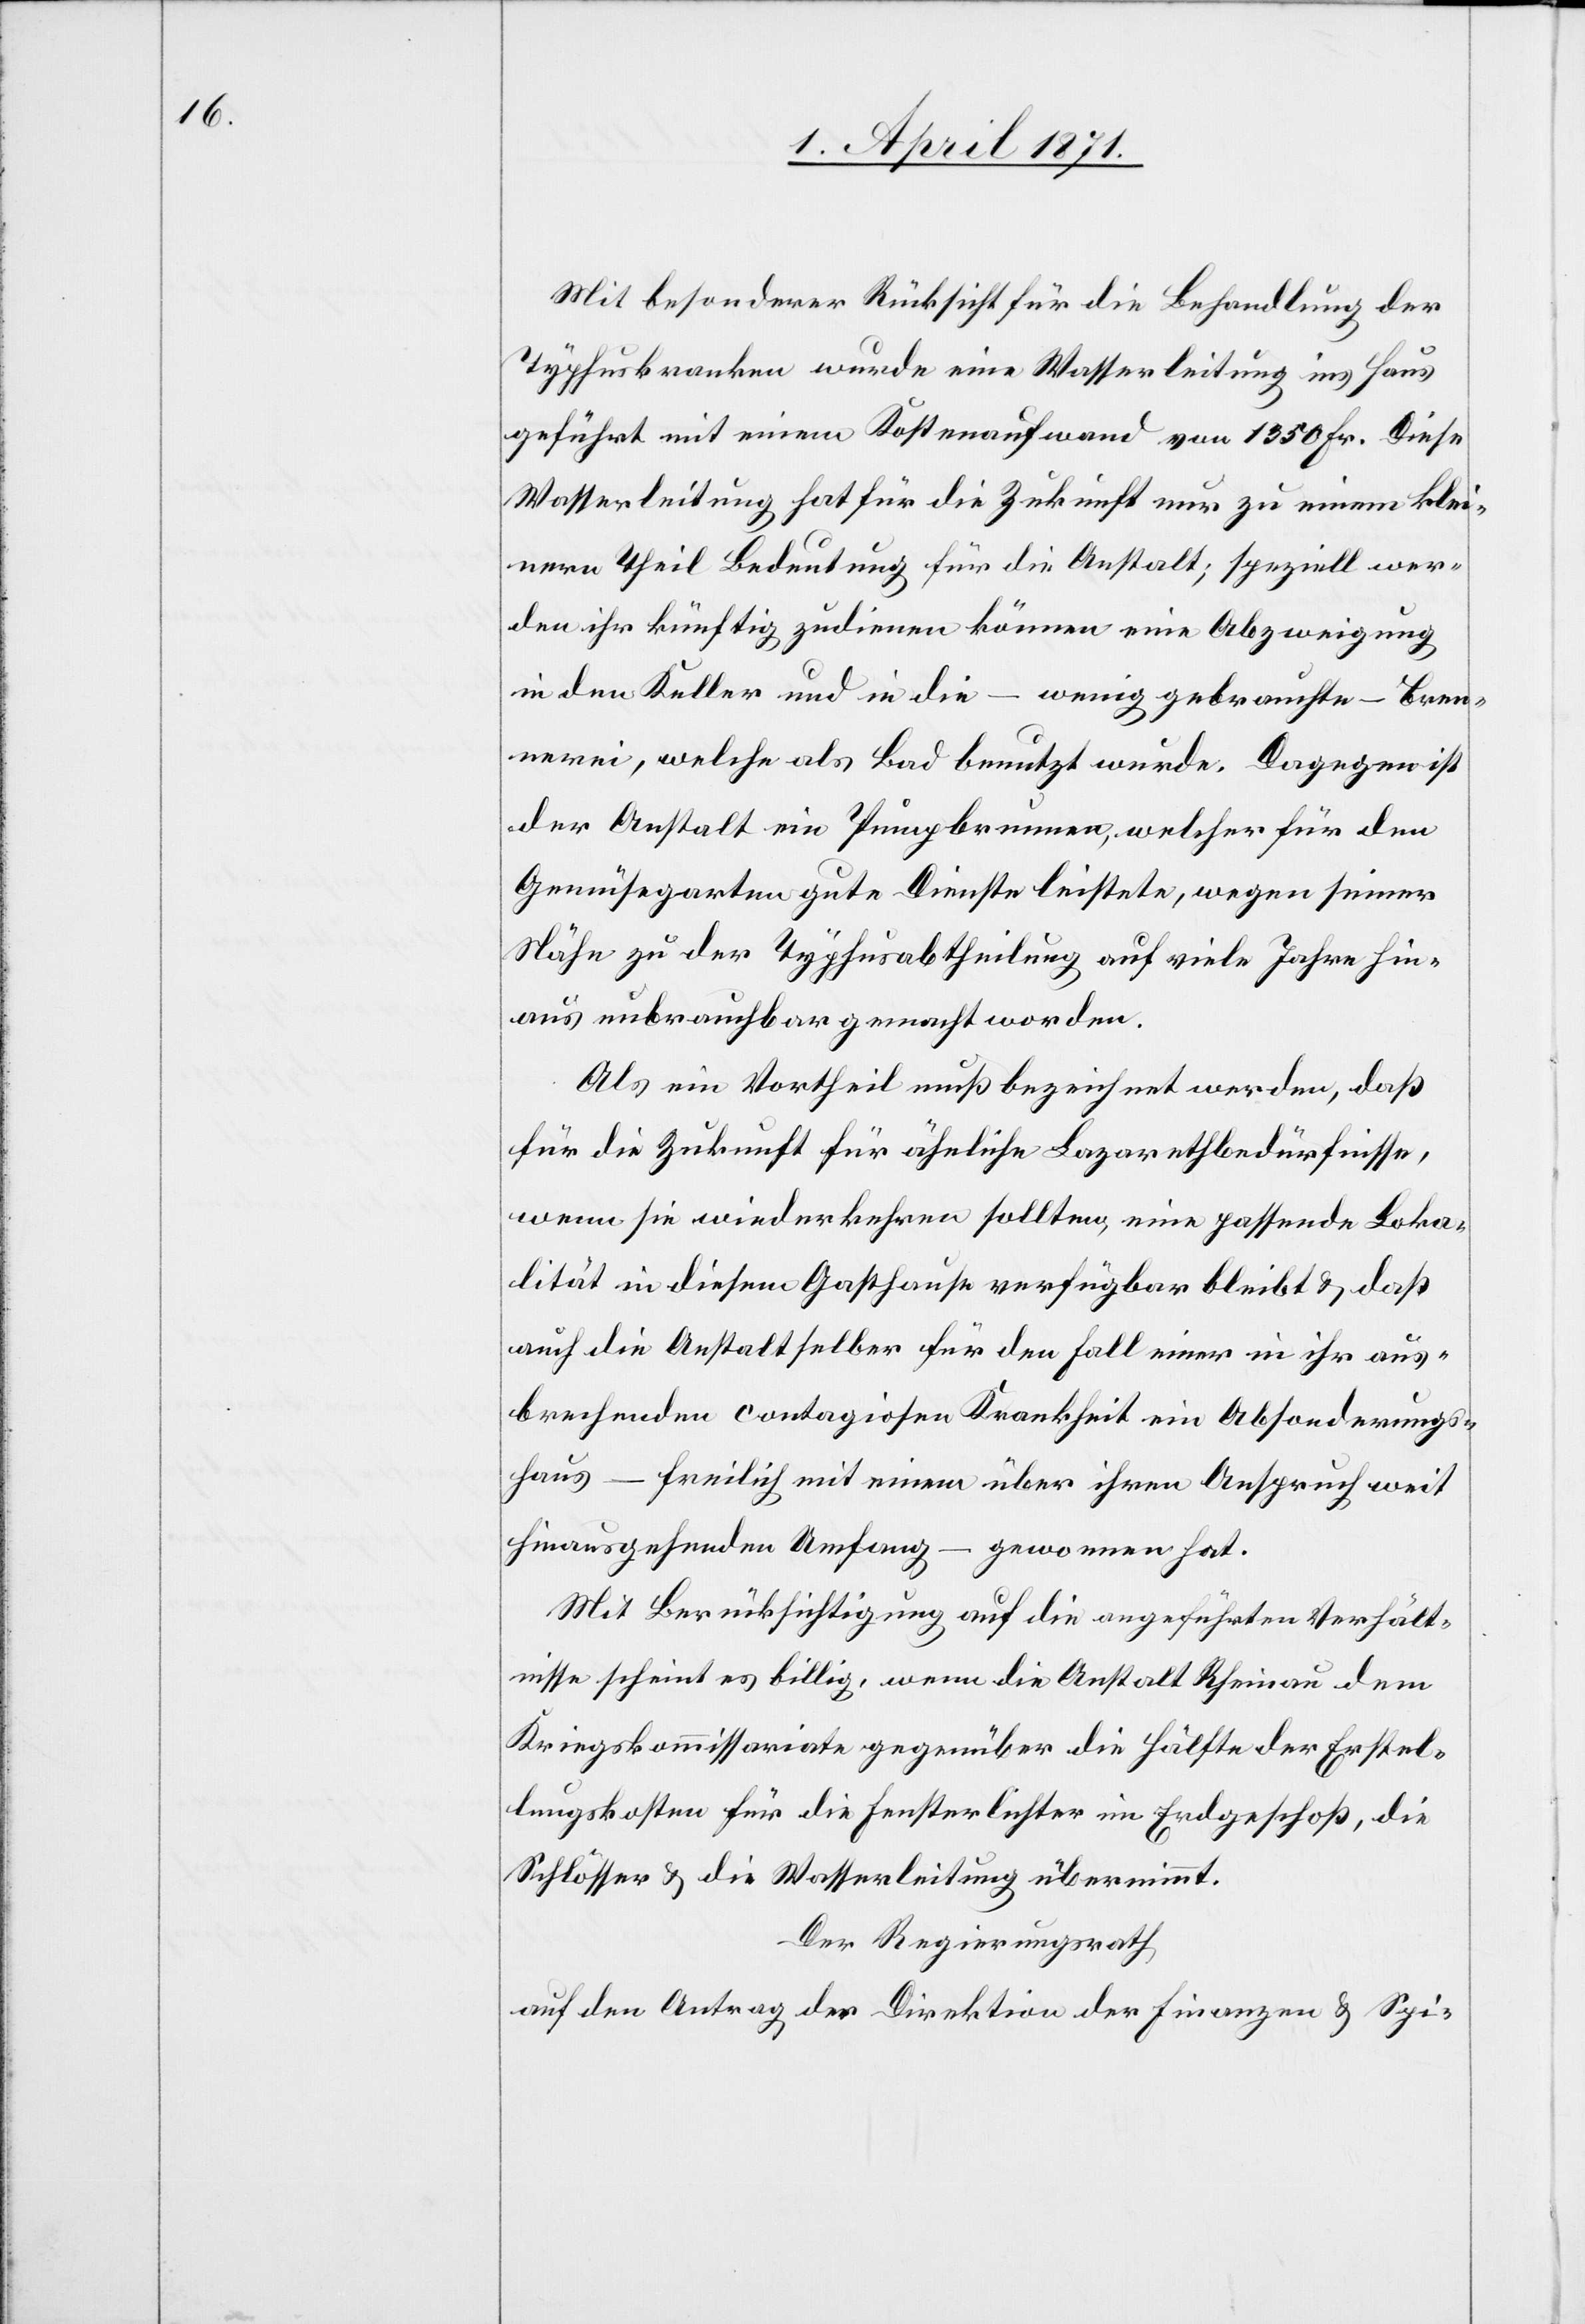
Mit besonderer Rücksicht für die Behandlung der
Wasserleitung hat für die Zukunft nur zu einem klei¬
nen Theil Bedeutung für die Anstalt; speziell wer¬
den ihr künftig zudienen können eine Abzweigung
in den Keller und in die – wenig gebrauchte – Bren¬
nerei, welche als Bad benutzt wurde. Dagegen ist
der Anstalt ein Pumpbrunnen, welcher für den
Gemüsegarten gute Dienste leistet, wegen seiner
Nähe zu der Thyphusabtheilung auf viele Jahre hin¬
aus unbrauchbar gemacht worden.
Als ein Vortheil muß bezeichnet werden, daß
für die Zukunft für ähnliche Lazarethbedürfnisse,
wenn sie wiederkehren sollten, eine passende Loka¬
lität in diesem Gasthause verfügbar bleibt u. daß
auch die Anstalt selber für den Fall einer in ihr aus¬
brechenden contagiosen Krankheit ein Absonderungs¬
haus – freilich mit einem über ihren Anspruch weit
hinausgehenden Umfang – gewonnen hat.
Mit Berücksichtigung auf die angeführten Verhält¬
nisse scheint es billig, wenn die Anstalt Rheinau dem
Kriegskommissariate gegenüber die Hälfte der Erstel¬
lungskosten für die Fensterlichter im Erdgeschoß, die
Schlösser u. die Wasserleitung übernimmt.
Der Regierungsrath
auf den Antrag der Direktion der Finanzen u. Spi-